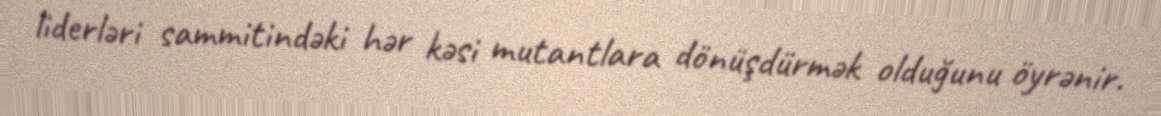
liderləri sammitindəki hər kəsi mutantlara dönüşdürmək olduğunu öyrənir.